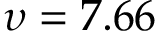
\upsilon = 7 . 6 6